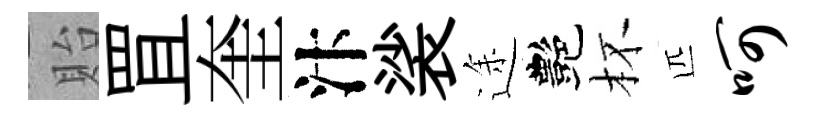
貽罝奎汴裟途艷杯匹呵